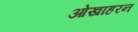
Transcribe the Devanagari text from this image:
ओखाहरन